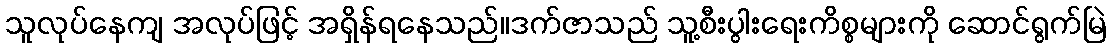
သူလုပ်နေကျ အလုပ်ဖြင့် အရှိန်ရနေသည်။ဒက်ဇာသည် သူ့စီးပွါးရေးကိစ္စများကို ဆောင်ရွက်မြဲ